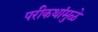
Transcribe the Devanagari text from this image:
परीकथांमुळे